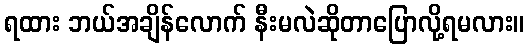
ရထား ဘယ်အချိန်လောက် နီးမလဲဆိုတာပြောလို့ရမလား။